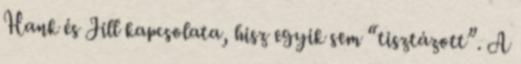
Hank és Jill kapcsolata, hisz egyik sem “tisztázott”. A